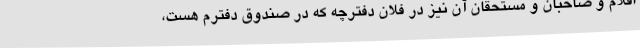
اقلام و صاحبان و مستحقان آن نیز در فلان دفترچه که در صندوق دفترم هست،